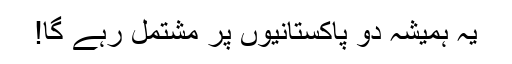
یہ ہمیشہ دو پاکستانیوں پر مشتمل رہے گا!